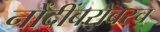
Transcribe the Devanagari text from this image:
नोंदींबरोबरच